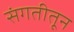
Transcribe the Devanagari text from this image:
संगतीतून